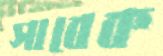
সাবেক